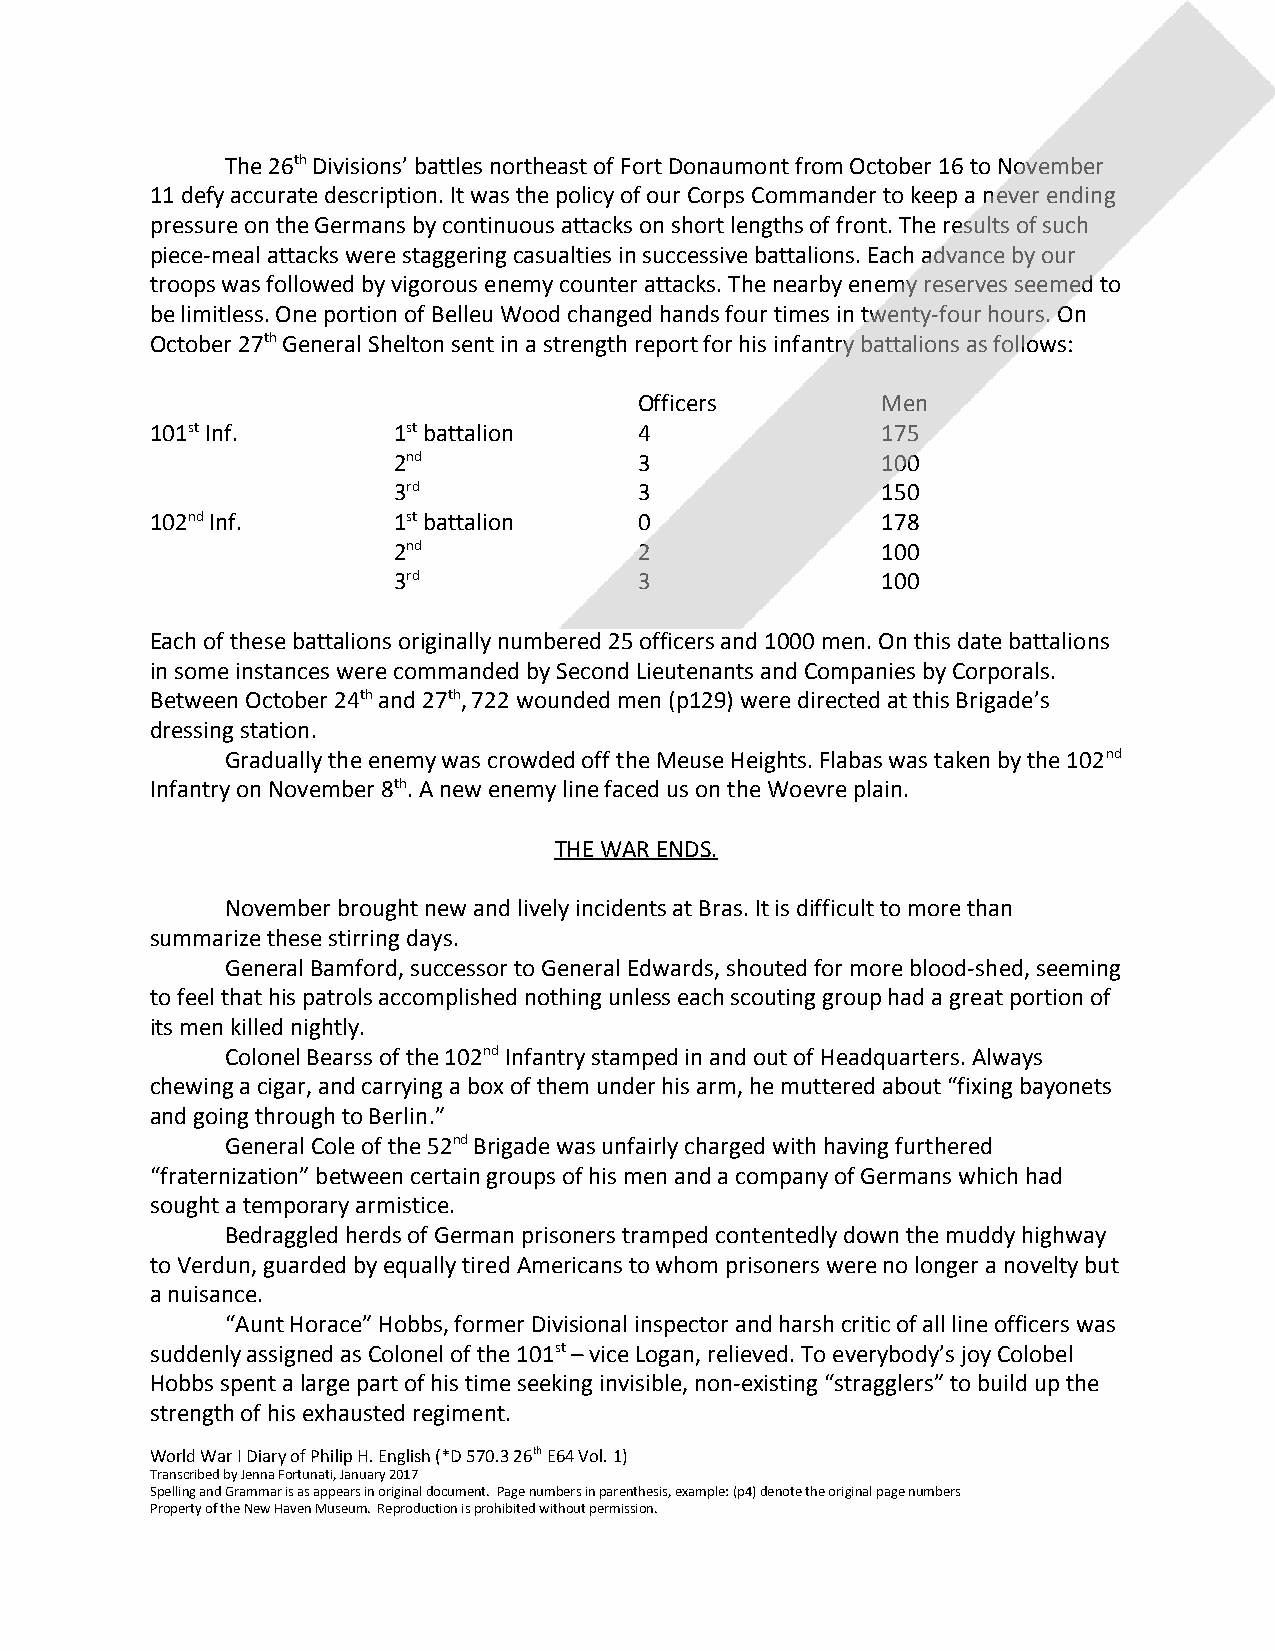
The 26th Divisions’ battles northeast of Fort Donaumont from October 16 to November
 ​
 ​
 11 defy accurate description. It was the policy of our Corps Commander to keep a never ending
 pressure on the Germans by continuous attacks on short lengths of front. The results of such
 piece-meal attacks were staggering casualties in successive battalions. Each advance by our
 troops was followed by vigorous enemy counter attacks. The nearby enemy reserves seemed to
 be limitless. One portion of Belleu Wood changed hands four times in twenty-four hours. On
 October 27th General Shelton sent in a strength report for his infantry battalions as follows:
 ​
 ​
 Officers        Men
 101st Inf.      1st battalion   4               175
 ​              ​
 ​              ​
 2nd             3               100
 ​
 3rd             3               150
 ​
 102nd Inf.      1st battalion   0               178
 ​              ​
 ​              ​
 2nd             2               100
 ​
 3rd             3               100
 ​
 Each of these battalions originally numbered 25 officers and 1000 men. On this date battalions
 in some instances were commanded by Second Lieutenants and Companies by Corporals.
 Between October 24th and 27th, 722 wounded men (p129) were directed at this Brigade’s
 ​    ​
 ​     ​
 dressing station.
 Gradually the enemy was crowded off the Meuse Heights. Flabas was taken by the 102nd
 ​
 Infantry on November 8th. A new enemy line faced us on the Woevre plain.
 ​
 ​
 THE WAR ENDS.
 November brought new and lively incidents at Bras. It is difficult to more than
 summarize these stirring days.
 General Bamford, successor to General Edwards, shouted for more blood-shed, seeming
 to feel that his patrols accomplished nothing unless each scouting group had a great portion of
 its men killed nightly.
 Colonel Bearss of the 102nd Infantry stamped in and out of Headquarters. Always
 ​
 ​
 chewing a cigar, and carrying a box of them under his arm, he muttered about “fixing bayonets
 and going through to Berlin.”
 General Cole of the 52nd Brigade was unfairly charged with having furthered
 ​
 ​
 “fraternization” between certain groups of his men and a company of Germans which had
 sought a temporary armistice.
 Bedraggled herds of German prisoners tramped contentedly down the muddy highway
 to Verdun, guarded by equally tired Americans to whom prisoners were no longer a novelty but
 a nuisance.
 “Aunt Horace” Hobbs, former Divisional inspector and harsh critic of all line officers was
 suddenly assigned as Colonel of the 101st – vice Logan, relieved. To everybody’s joy Colobel
 ​
 ​
 Hobbs spent a large part of his time seeking invisible, non-existing “stragglers” to build up the
 strength of his exhausted regiment.
 World War I Diary of Philip H. English (*D 570.3 26th ​ E64 Vol. 1)
 ​
 Transcribed by Jenna Fortunati, January 2017
 Spelling and Grammar is as appears in original document. Page numbers in parenthesis, example: (p4) denote the original page numbers
 Property of the New Haven Museum. Reproduction is prohibited without permission.